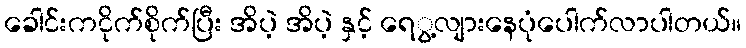
ခေါင်းကငိုက်စိုက်ပြီး အိပဲ့ အိပဲ့ နှင့် ရေွ့လျားနေပုံပေါက်လာပါတယ်။